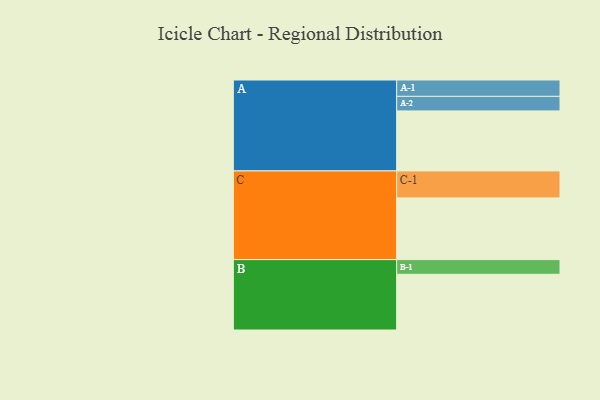
{"axis": {"x": "Segment", "y": "Value"}, "legend": ["", "A", "B", "C"], "data": [{"x": "A", "y": 503, "type": ""}, {"x": "B", "y": 467, "type": ""}, {"x": "C", "y": 517, "type": ""}, {"x": "A-1", "y": 137, "type": "A"}, {"x": "A-2", "y": 122, "type": "A"}, {"x": "B-1", "y": 123, "type": "B"}, {"x": "C-1", "y": 226, "type": "C"}]}